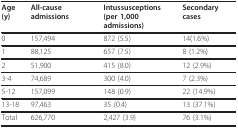
<table><thead><tr><td><b>Age (y)</b></td><td><b>All-cause admissions</b></td><td><b>Intussusceptions(per 1,000 admissions)</b></td><td><b>Secondary cases</b></td></tr></thead><tbody><tr><td>0</td><td>157,494</td><td>872 (5.5)</td><td>14(1.6%)</td></tr><tr><td>1</td><td>88,125</td><td>657 (7.5)</td><td>8 (1.2%)</td></tr><tr><td>2</td><td>51,900</td><td>415 (8.0)</td><td>12 (2.9%)</td></tr><tr><td>3-4</td><td>74,689</td><td>300 (4.0)</td><td>7 (2.3%)</td></tr><tr><td>5-12</td><td>157,099</td><td>148 (0.9)</td><td>22 (14.9%)</td></tr><tr><td>13-18</td><td>97,463</td><td>35 (0.4)</td><td>13 (37.1%)</td></tr><tr><td>Total</td><td>626,770</td><td>2,427 (3.9)</td><td>76 (3.1%)</td></tr></tbody></table>